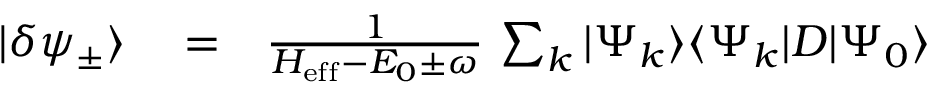
\begin{array} { r l r } { | \delta \psi _ { \pm } \rangle } & { { } = } & { \frac { 1 } { H _ { \mathrm { e f f } } - E _ { 0 } \pm \omega } \, \sum _ { k } | \Psi _ { k } \rangle \langle \Psi _ { k } | D | \Psi _ { 0 } \rangle } \end{array}